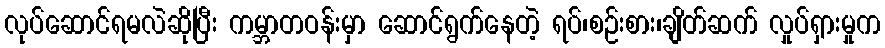
လုပ်ဆောင်ရမလဲဆိုပြီး ကမ္ဘာတဝန်းမှာ ဆောင်ရွက်နေတဲ့ ရပ်၊စဉ်းစား၊ချိတ်ဆက် လှုပ်ရှားမှုက